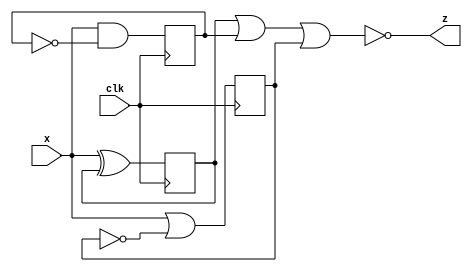
module top_module (
    input clk,
    input x,
    output z
); 
    reg q1, q2, q3;
    initial begin
        q1 = 0;
        q2 = 0;
        q3 = 0;
    end
    
    always @(posedge clk) begin
        q1 <= x^q1;
        q2 <= x&(~q2);
        q3 <= x|(~q3);
    end
    
    assign z = ~(q1|q2|q3);

endmodule